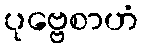
ပုဗ္ဗေစာဟံ